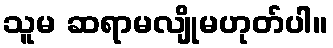
သူမ ဆရာမလျိုမဟုတ်ပါ။